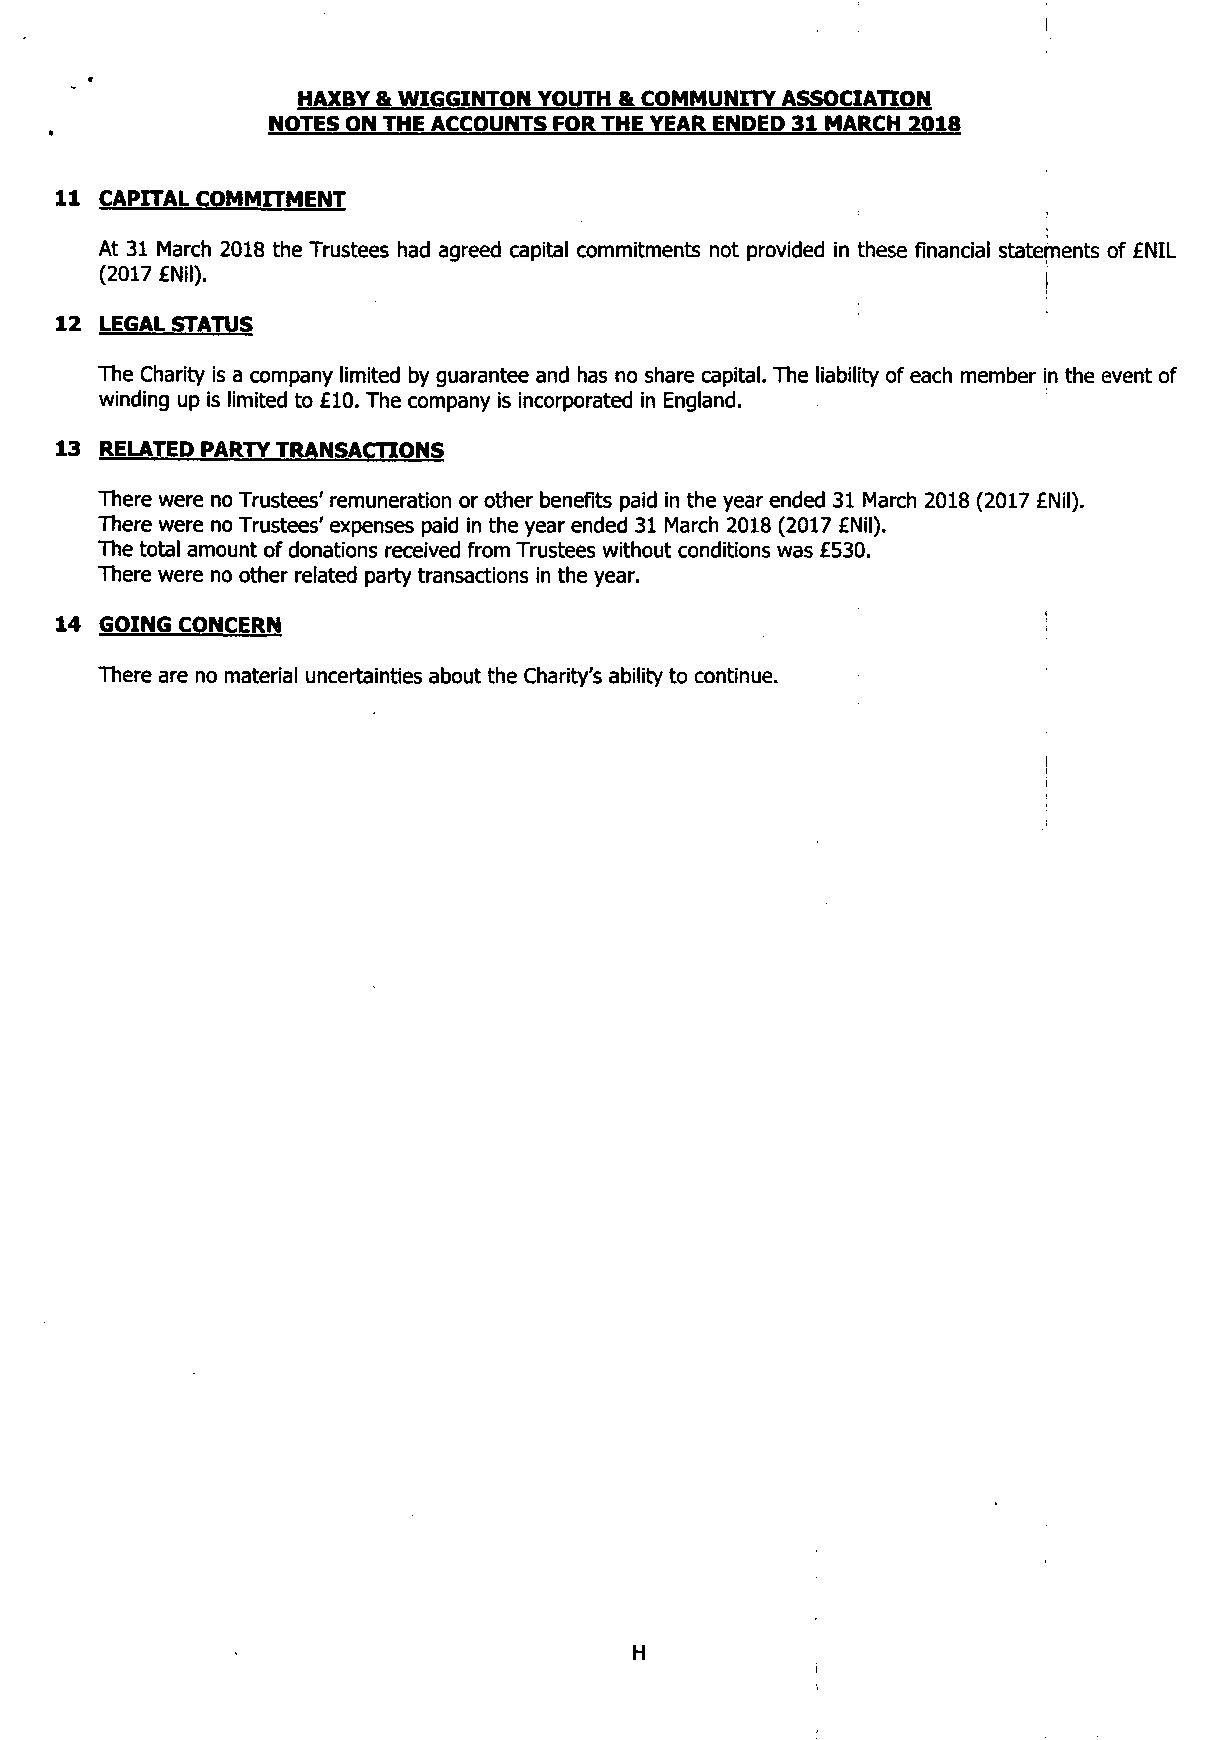
I
 HAXBY & WIGGINTON YOUTH & COMMUNITY ASSOCIATION
 NOTES ON THE ACCOUNTS FOR THE YEAR ENDED 31 MARCH 2018
 11 CAPITAL COMMITMENT
 At 31 March 2018 the Trustees had agreed capital commitments not provided in these financial statements of £NIL
 (2017 £Nil).                                                  I
 12 LEGAL STATUS
 The Charity is a company limited by guarantee and has no share capital. The liability of each member in the event of
 winding up is limited to £10. The company is incorporated in England.
 13 RELATED PARTY TRANSACTIONS
 There were no Trustees' remuneration or other benefits paid in the year ended 31 March 2018 (2017 £Nil).
 There were no Trustees' expenses paid in the year ended 31 March 2018 (2017 £Nil).
 The total amount of donations received from Trustees without conditions was £530.
 There were no other related party transactions in the year.
 14 GOING CONCERN
 There are no material uncertainties about the Charity's ability to continue.
 H